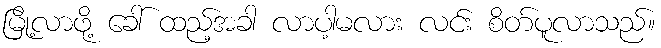
မြို့လာဖို့ ခေါ် ထည့်အခါ လာပါ့မလား လင်း စိတ်ပူလာသည်။